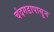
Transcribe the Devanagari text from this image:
चंदगडापासून